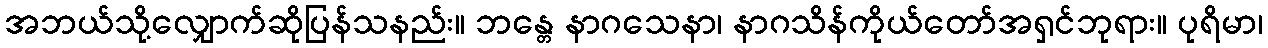
အဘယ်သို့လျှောက်ဆိုပြန်သနည်း။ ဘန္တေ နာဂသေနာ၊ နာဂသိန်ကိုယ်တော်အရှင်ဘုရား။ ပုရိမာ၊